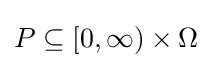
P\subseteq [0,\infty )\times \Omega